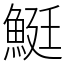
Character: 䱓